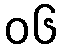
၀၆